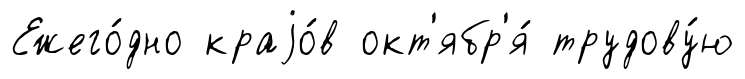
Ежего́дно краjо́в окт'ябр'я́ трудову́ю